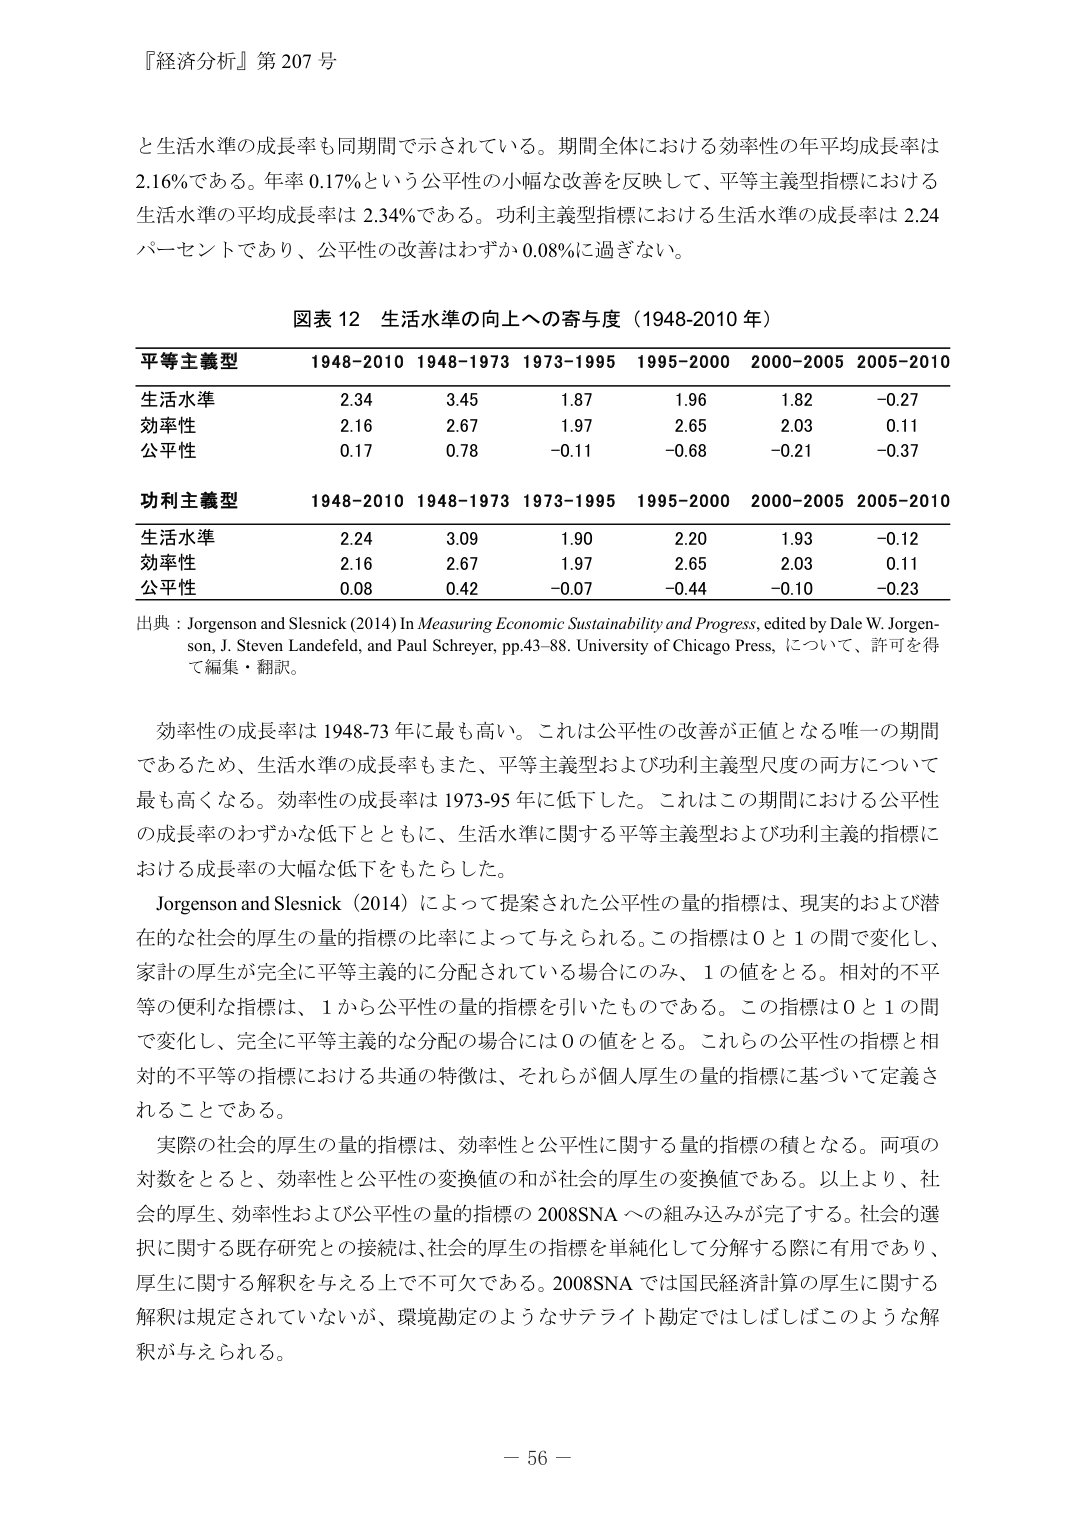
『経済分析』第 207 号

と生活水準の成長率も同期間で示されている。期間全体における効率性の年平均成長率は 2.16%である。年率 0.17%という公平性の小幅な改善を反映して、平等主義型指標における生活水準の平均成長率は 2.34%である。功利主義型指標における生活水準の成長率は 2.24 パーセントであり、公平性の改善はわずか 0.08%に過ぎない。

図表 12 生活水準の向上への寄与度（1948-2010 年）

平等主義型 1948-2010 1948-1973 1973-1995 1995-2000 2000-2005 2005-2010
生活水準 2.34 3.45 1.87 1.96 1.82 -0.27
効率性 2.16 2.67 1.97 2.65 2.03 0.11
公平性 0.17 0.78 -0.11 -0.68 -0.21 -0.37

功利主義型 1948-2010 1948-1973 1973-1995 1995-2000 2000-2005 2005-2010
生活水準 2.24 3.09 1.90 2.20 1.93 -0.12
効率性 2.16 2.67 1.97 2.65 2.03 0.11
公平性 0.08 0.42 -0.07 -0.44 -0.10 -0.23

出典：Jorgenson and Slesnick (2014) In Measuring Economic Sustainability and Progress, edited by Dale W. Jorgenson, J. Steven Landefeld, and Paul Schreyer, pp.43–88. University of Chicago Press, について、許可を得て編集・翻訳。

効率性の成長率は 1948-73 年に最も高い。これは公平性の改善が正値となる唯一の期間であるため、生活水準の成長率もまた、平等主義型および功利主義型尺度の両方について最も高くなる。効率性の成長率は 1973-95 年に低下した。これはこの期間における公平性の成長率のわずかな低下とともに、生活水準に関する平等主義型および功利主義的指標における成長率の大幅な低下をもたらした。

Jorgenson and Slesnick (2014) によって提案された公平性の量的指標は、現実的および潜在的な社会的厚生の量的指標の比率によって与えられる。この指標は 0 と 1 の間で変化し、家計の厚生が完全に平等主義的に分配されている場合にのみ、1 の値をとる。相対的不平等の便利な指標は、1 から公平性の量的指標を引いたものである。この指標は 0 と 1 の間で変化し、完全に平等主義的な分配の場合には 0 の値をとる。これらの公平性の指標と相対的不平等の指標における共通の特徴は、それらが個人厚生の量的指標に基づいて定義されることである。

実際の社会的厚生の量的指標は、効率性と公平性に関する量的指標の積となる。両項の対数をとると、効率性と公平性の変換値の和が社会的厚生の変換値である。以上より、社会的厚生、効率性および公平性の量的指標の 2008SNA への組み込みが完了する。社会的選択に関する既存研究との接続は、社会的厚生の指標を単純化して分解する際に有用であり、厚生に関する解釈を与える上で不可欠である。2008SNA では国民経済計算の厚生に関する解釈は規定されていないが、環境勘定のようなサテライト勘定ではしばしばこのような解釈が与えられる。

－ 56 －